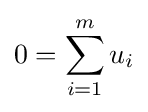
0=\sum _{i=1}^{m}u_{i}